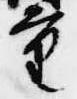
重